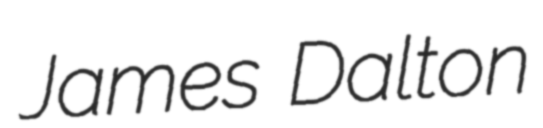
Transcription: James Dalton